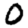
Digit: 0